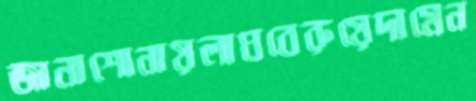
জানাশোনায়লাঘবেরুয়েদামেন